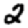
Digit: 2